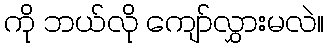
ကို ဘယ်လို ကျော်လွှားမလဲ။